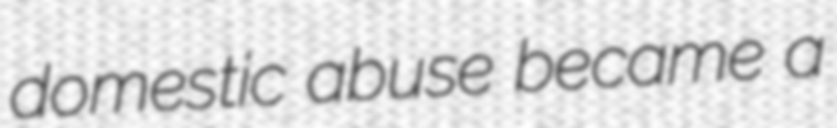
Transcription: domestic abuse became a